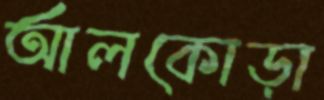
আলকোড়া